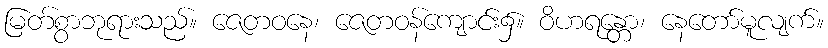
မြတ်စွာဘုရားသည်။ ဇေတဝနေ၊ ဇေတဝန်ကျောင်း၌။ ဝိဟရန္တော၊ နေတော်မူလျက်။